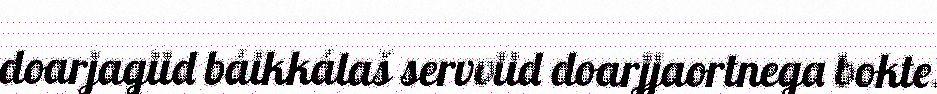
doarjagiid báikkálaš servviid doarjjaortnega bokte.